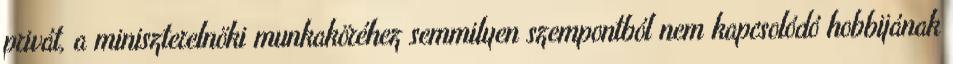
privát, a miniszterelnöki munkaköréhez semmilyen szempontból nem kapcsolódó hobbijának